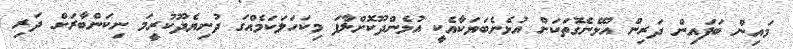
މައިން ބަފައިން ދަރިން އުޅޭނެގޮތަކަށް އުޅެނެބަޔަކާއެކީ އުޅެންދޫކޮށްލާފަ މިކަހަލަކަމެއްގަ ދުނިޔެދޫކުރީމަ ނިކަންބާރަށް ދަރި